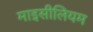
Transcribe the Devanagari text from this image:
माइसीलियम